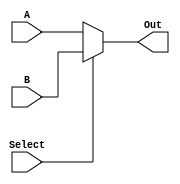
`timescale 1ns / 1ps
//////////////////////////////////////////////////////////////////////////////////
// Company: Sun Yat-Sen University
// 
// Module Name: Selector32
// Project Name: SingleCPU
// Target Devices: Basys3
// Tool Versions: Vivado 2015.3
// Description: 322
// 
// Dependencies: 
// 
// Revision:
// Revision 0.01 - File Created
// Additional Comments:
// 
//////////////////////////////////////////////////////////////////////////////////

module Selector32(
    input Select,
    input [31:0] A,
    input [31:0] B,
    output [31:0] Out
    );

    assign Out = Select ? B : A;
endmodule